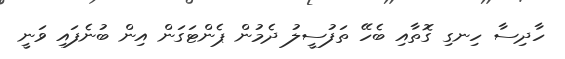
ހާދިސާ ހިނގި ގޮތާއި ބެހޭ ތަފުސީލު ދެމުން ޕެންޓަގަން އިން ބުނެފައި ވަނީ